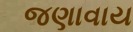
જણાવાય